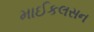
માઈકલસન